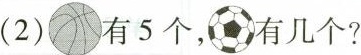
(2)有5个，有几个?